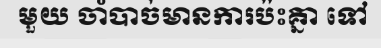
មួយ ចាំបាច់មានការប៉ះគ្នា ទៅ